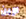
لإبن